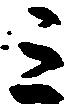
ミ